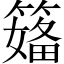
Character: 𱸣